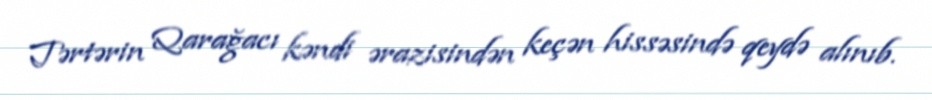
Tərtərin Qarağacı kəndi ərazisindən keçən hissəsində qeydə alınıb.